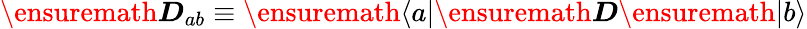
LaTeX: \ensuremath{\boldsymbol{D}}_{ab}\equiv\ensuremath{\langle a|}\ensuremath{\boldsymbol{D}}\ensuremath{|b\rangle}